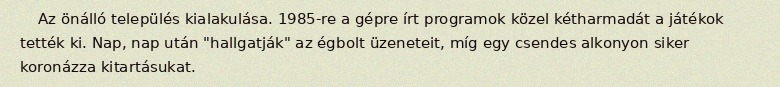
Az önálló település kialakulása. 1985-re a gépre írt programok közel kétharmadát a játékok tették ki. Nap, nap után "hallgatják" az égbolt üzeneteit, míg egy csendes alkonyon siker koronázza kitartásukat.